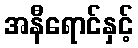
အနီရောင်နှင့်